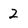
Character: 2